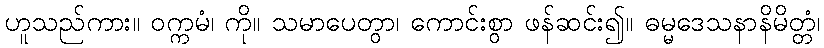
ဟူသည်ကား။ ဝက္ကမံ၊ ကို။ သမာပေတွာ၊ ကောင်းစွာ ဖန်ဆင်း၍။ ဓမ္မဒေသနာနိမိတ္တံ၊